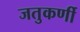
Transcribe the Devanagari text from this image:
जतुकर्णी